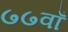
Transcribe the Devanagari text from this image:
७७वाँ